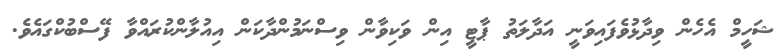
ޝަހީމް އެހެން ވިދާޅުވެފައިވަނީ އަދާލަތު ޕާޓީ އިން ވަކިވާން ވިސްނަމުންދާކަން އިއުލާންކުރައްވާ ފޭސްބުކްގައެވެ.